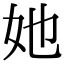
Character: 她